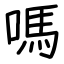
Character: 嗎